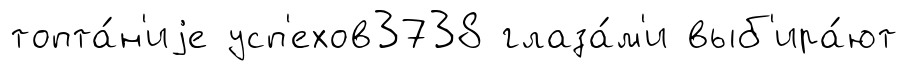
топта́н'иjе усп'ехов3738 глаза́м'и выб'ира́ют